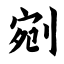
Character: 剜